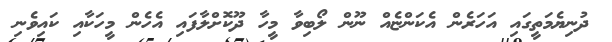
ދުނިޔެމަތީގައި އަހަރެން އެކަންޏެއް ނޫން ލޯބިވާ މީހާ ދޫކޮށްލާފައި އެހެން މީހަކާއި ކައިވެނި